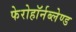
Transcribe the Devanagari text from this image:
फेरोहॉर्नब्लेण्ड